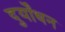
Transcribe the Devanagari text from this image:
दुर्योंधन